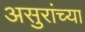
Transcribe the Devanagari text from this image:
असुरांच्या